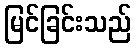
မြင်ခြင်းသည်